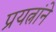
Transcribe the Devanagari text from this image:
प्रयत्नांने